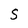
Character: S